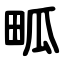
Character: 畖